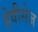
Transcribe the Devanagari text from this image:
हेवीसेज